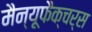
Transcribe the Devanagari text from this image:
मैन्यूफैक्चर्स